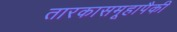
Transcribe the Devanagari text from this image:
तारकासमूहापैकी